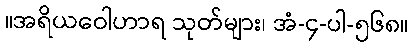
။အရိယဝေါဟာရ သုတ်များ၊ အံ-၄-ပါ-၅၆၈။